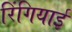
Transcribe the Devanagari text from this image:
रिंगियाई